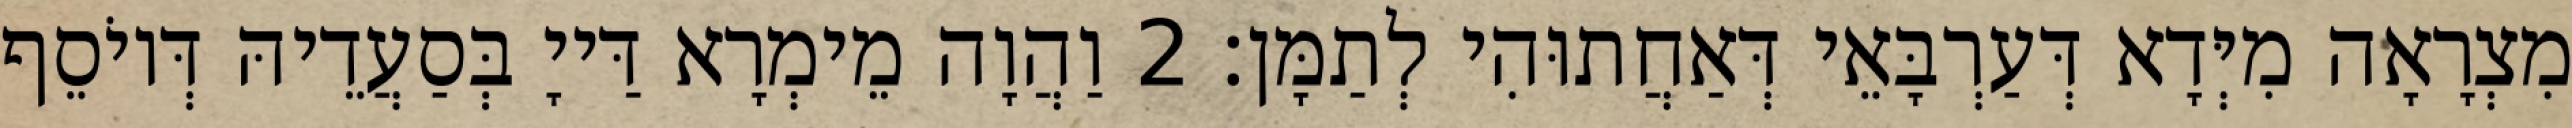
מִצְרָאָה מִיְּדָא דְּעַרְבָּאֵי דְּאַחֲתוּהִי לְתַמָּן׃ 2 וַהֲוָה מֵימְרָא דַּייָ בְּסַעֲדֵיהּ דְּיוֹסֵף